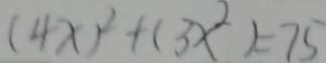
( 4 x ) ^ { 2 } + ( 3 x ^ { 2 } ) = 7 5